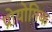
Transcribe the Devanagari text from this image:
प्रोयोगिक